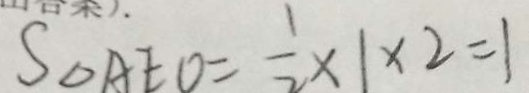
S _ { \Delta } A E O = \frac { 1 } { 2 } \times 1 \times 2 = 1